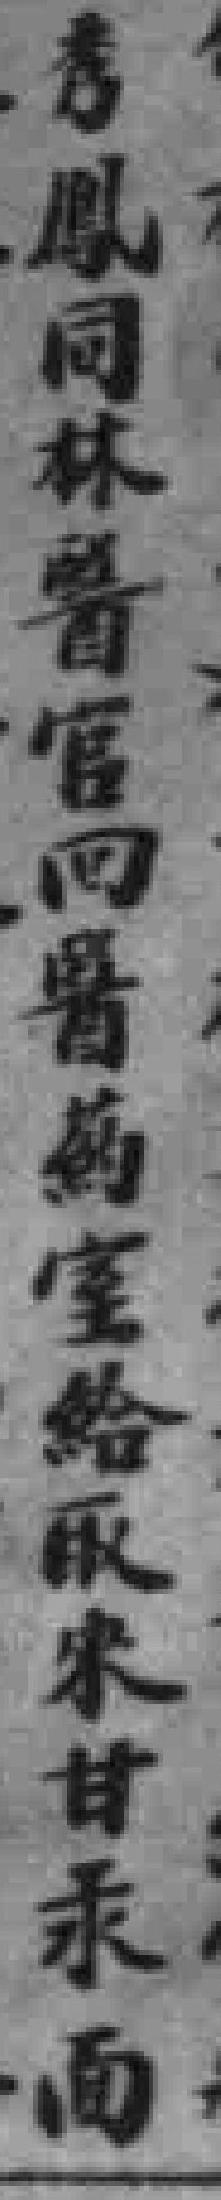
秀鳳同林醫官回醫葯室給取宋甘汞面